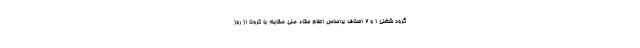
گروه شغلی ۱ و ۲ اصناف براساس اعلام ستاد ملی مقابله با کرونا از روز